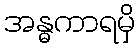
အန္ဓကာရမှိ